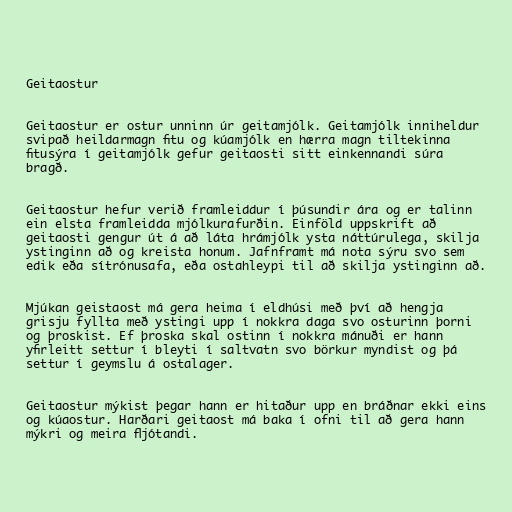
Geitaostur

Geitaostur er ostur unninn úr geitamjólk. Geitamjólk inniheldur
svipað heildarmagn fitu og kúamjólk en hærra magn tiltekinna
fitusýra í geitamjólk gefur geitaosti sitt einkennandi súra
bragð.

Geitaostur hefur verið framleiddur í þúsundir ára og er talinn
ein elsta framleidda mjólkurafurðin. Einföld uppskrift að
geitaosti gengur út á að láta hrámjólk ysta náttúrulega, skilja
ystinginn að og kreista honum. Jafnframt má nota sýru svo sem
edik eða sítrónusafa, eða ostahleypi til að skilja ystinginn að.

Mjúkan geistaost má gera heima í eldhúsi með því að hengja
grisju fyllta með ystingi upp í nokkra daga svo osturinn þorni
og þroskist. Ef þroska skal ostinn í nokkra mánuði er hann
yfirleitt settur í bleyti í saltvatn svo börkur myndist og þá
settur í geymslu á ostalager.

Geitaostur mýkist þegar hann er hitaður upp en bráðnar ekki eins
og kúaostur. Harðari geitaost má baka í ofni til að gera hann
mýkri og meira fljótandi.